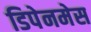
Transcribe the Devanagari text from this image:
डिपेनमेस